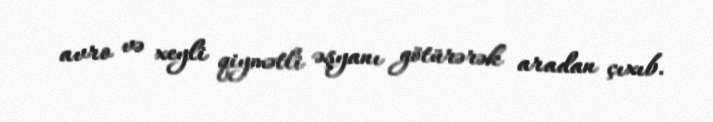
avro və xeyli qiymətli əşyanı götürərək aradan çıxıb.